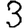
Digit: 3